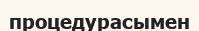
процедурасымен